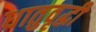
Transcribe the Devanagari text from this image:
धातुवृद्धी